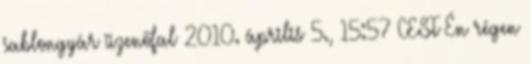
sablongyár üzenőfal 2010. április 5., 15:57 CEST Én régen